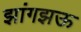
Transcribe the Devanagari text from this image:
झांगझऊ